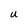
Character: U